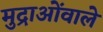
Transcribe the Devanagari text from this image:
मुद्राओंवाले